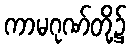
ကာမဂုဏ်တို့၌